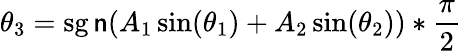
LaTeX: \theta_{3}=\operatorname{sg\mathsf{n}}(A_{1}\sin(\theta_{1})+A_{2}\sin(\theta_{2}))*{\frac{{\pi}}{{2}}}